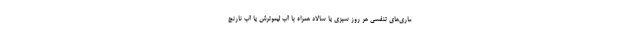
ماری‌های تنفسی هر روز سبزی یا سالاد همراه با آب لیموترش یا آب نارنج